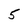
Character: 5